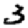
Digit: 3